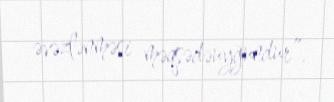
əvəzlənməsi məqsədəuyğundur”.